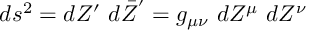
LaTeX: d s ^ { 2 } = d Z ^ { \prime } ~ d \bar { Z } ^ { ' } = g _ { \mu \nu } ~ d Z ^ { \mu } ~ d Z ^ { \nu }